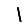
Digit: 1